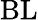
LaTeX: \mathrm{BL}